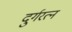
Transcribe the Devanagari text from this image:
दुर्गरत्‍न